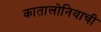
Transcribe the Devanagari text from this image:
कातालोनियाची